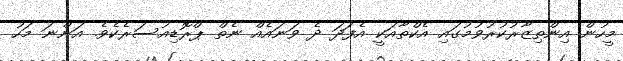
މީހުން އިންތިޒާރުކުރުވުމުގައި އެކްތާއަކީ އެފަދަ ދެ ވަނައެއް ނެތް ޕްރޮޑިއުސަރެކެވެ. އަންނަ މަހު